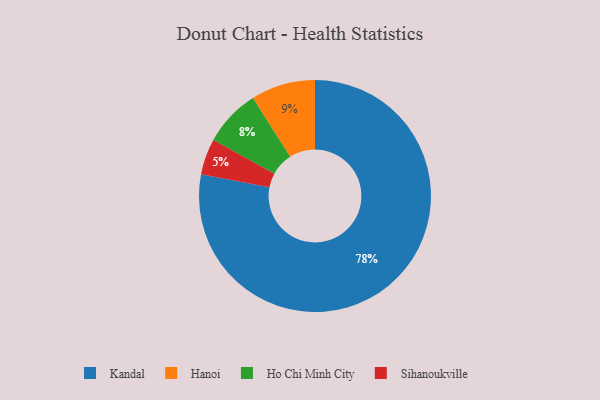
{"axis": {"x": "Category", "y": "Percentage"}, "legend": ["Hanoi", "Ho Chi Minh City", "Kandal", "Sihanoukville"], "data": [{"x": "Kandal", "y": 78, "type": "Kandal"}, {"x": "Hanoi", "y": 9, "type": "Hanoi"}, {"x": "Sihanoukville", "y": 5, "type": "Sihanoukville"}, {"x": "Ho Chi Minh City", "y": 8, "type": "Ho Chi Minh City"}]}